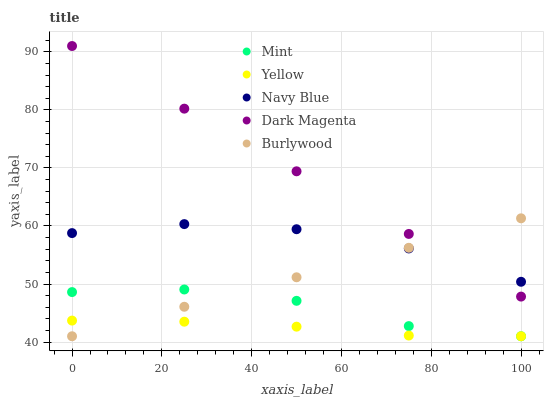
| xaxis_label | Mint | Yellow | Navy Blue | Dark Magenta | Burlywood |
 | --- | --- | --- | --- | --- | --- |
 | 0 | 48.6 | 43.7 | 58.8 | 91 | 41 |
 | 25 | 49.1 | 43.5 | 60.3 | 80.2 | 46.1 |
 | 50 | 47.1 | 42.6 | 59.4 | 69.4 | 51.2 |
 | 75 | 42.8 | 41.1 | 56.1 | 58.6 | 56.2 |
 | 100 | 41 | 41 | 50.4 | 47.8 | 61.3 |